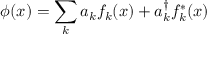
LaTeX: \phi ( x ) = \sum _ { k } a _ { k } f _ { k } ( x ) + a _ { k } ^ { \dagger } f _ { k } ^ { * } ( x )